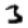
Digit: 3